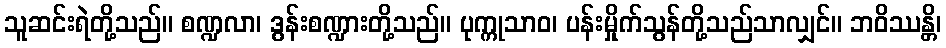
သူဆင်းရဲတို့သည်။ စဏ္ဍလာ၊ ဒွန်းစဏ္ဍားတို့သည်။ ပုက္ကုသာဝ၊ ပန်းမှိုက်သွန်တို့သည်သာလျှင်။ ဘဝိဿန္တိ၊